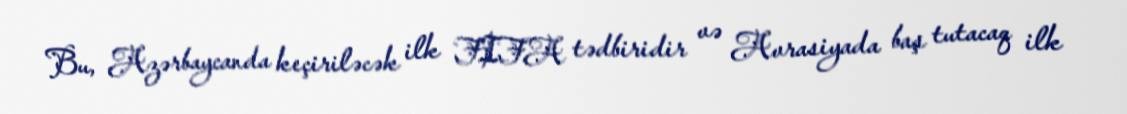
Bu, Azərbaycanda keçiriləcək ilk FIFA tədbiridir və Avrasiyada baş tutacaq ilk